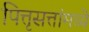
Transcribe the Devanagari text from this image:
पित्तृसत्तांमध्ये